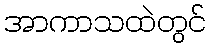
အာကာသထဲတွင်